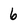
Character: 6